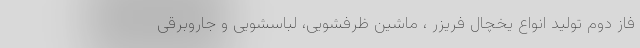
فاز دوم تولید انواع یخچال فریزر ، ماشین ظرفشویی، لباسشویی و جاروبرقی